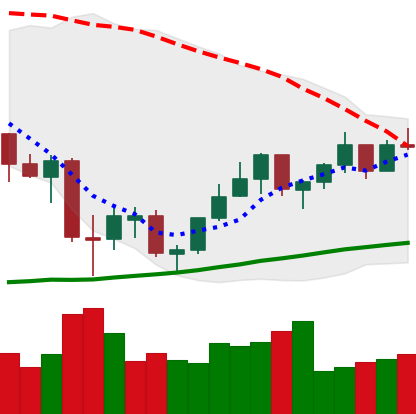
Ticker: ETH-USD
Chart end date: 2021-07-07
Forward return: -12.027%
Label: down_7plus